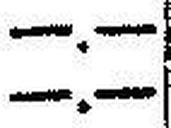
—.—